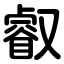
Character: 叡